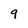
Character: 9